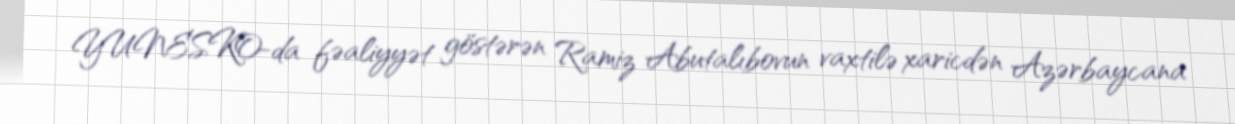
YUNESKO-da fəaliyyət göstərən Ramiz Abutalıbovun vaxtilə xaricdən Azərbaycana